Report on malaria in the Punjab during the year ...  together with an account of the work of the Punjab Malaria Bureau - Volume 3
Disease focus: Malaria
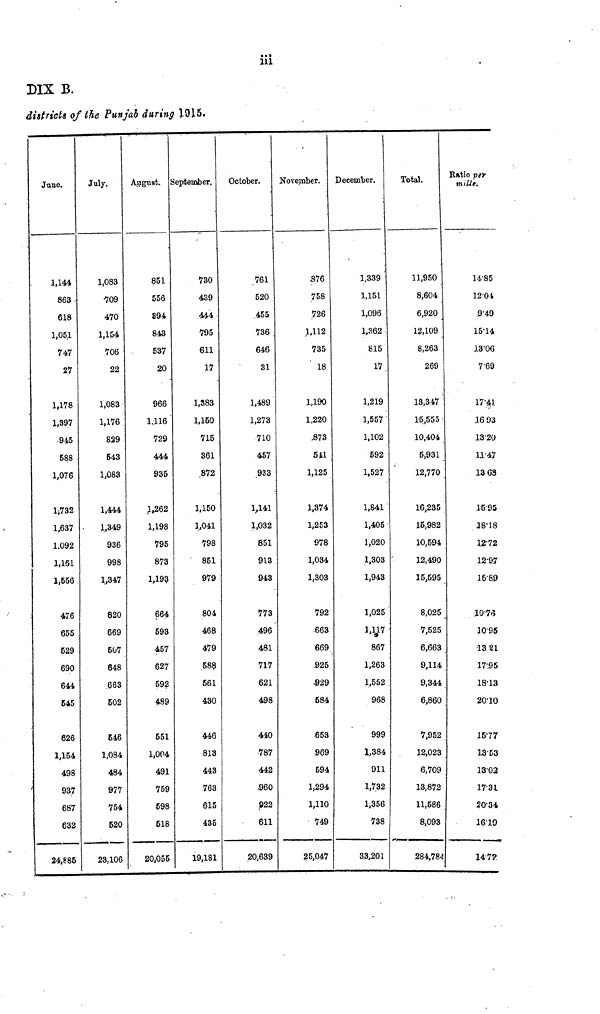
iii
DIX B.
districts of the Punjab during 1915.
June.
1,144
863
618
1,051
747
27
1,178
1,397
588
1,076
1,732
1,637
1.092
1,161
1,556
476
655
529
690
644
545
626
1,154
498
937
687
632
24,885
July.
1,083
709
470
1,154
706
22
1,083
1,176
829
543
1,083
1,444
1,349
936
998
1,347
820
669
507
648
663
502
546
1,084
484
977
754
520
23,106
August.
851
556
S94
843
537
20
966
1.116
729
444
935
1,262
1,198
795
873
1,193
664
593
457
627
592
489
551
1,004
491
759
598
518
20,055
September.
730
439
444
795
611
17
1,383
1,150
715
361
872
1,150
1,041
798
851
979
804
468
479
588
561
430
446
813
443
763
615
435
19,181
October.
761
520
455
736
646
31
1,489
1,273
710
457
933
1,141
1,032
851
913
943
773
496
481
717
621
498
440
787
442
960
922
611
20,639
November.
876
758
726
1,112
735
18
1,190
1,220
873
541
1,125
1,374
1,253
978
1,034
1,303
792
663
669
925
$29
584
653
969
594
1,294
1,110
749
25,047
December.
1,339
1,151
1,096
1,362
815
17
1,219
1,557
1,102
592
1,527
1,841
1,405
1,020
1,303
1,943
1,025
1,117
867
1,263
1,552
968
999
1,384
911
1,732
1,356
738
3.3,201
Total.
11,950
8,604
6,920
12,109
8,263
269
13,347
15,555
10,404
5,931
12,770
16,235
15,982
10,594
12,490
15,595
8,025
7,525
6,663
9,114
9,344
6,860
7,952
12,023
6,709
13,872
11,586
8,093
284,784
Ratio pèr
mille.
14.85
12.01
9.49
15.14
13.06
769
17.41
16 93
13.20
11.47
13.68
15.95
18.18
12.72
12.97
1689
10.76
1095
13 21
17.95
18.13
20.10
1577
13.53
13.02
17.31
20.34
1619
14.72